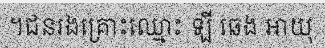
។ជនរងគ្រោះឈ្មោះ ឡី ឆេង អាយុ